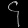
Digit: ၄